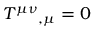
T ^ { \mu \nu } { } _ { , \mu } = 0